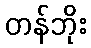
တန်ဘိုး